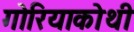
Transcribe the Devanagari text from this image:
गोरियाकोथी